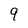
Character: 9